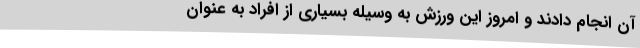
آن انجام دادند و امروز این ورزش به وسیله بسیاری از افراد به عنوان